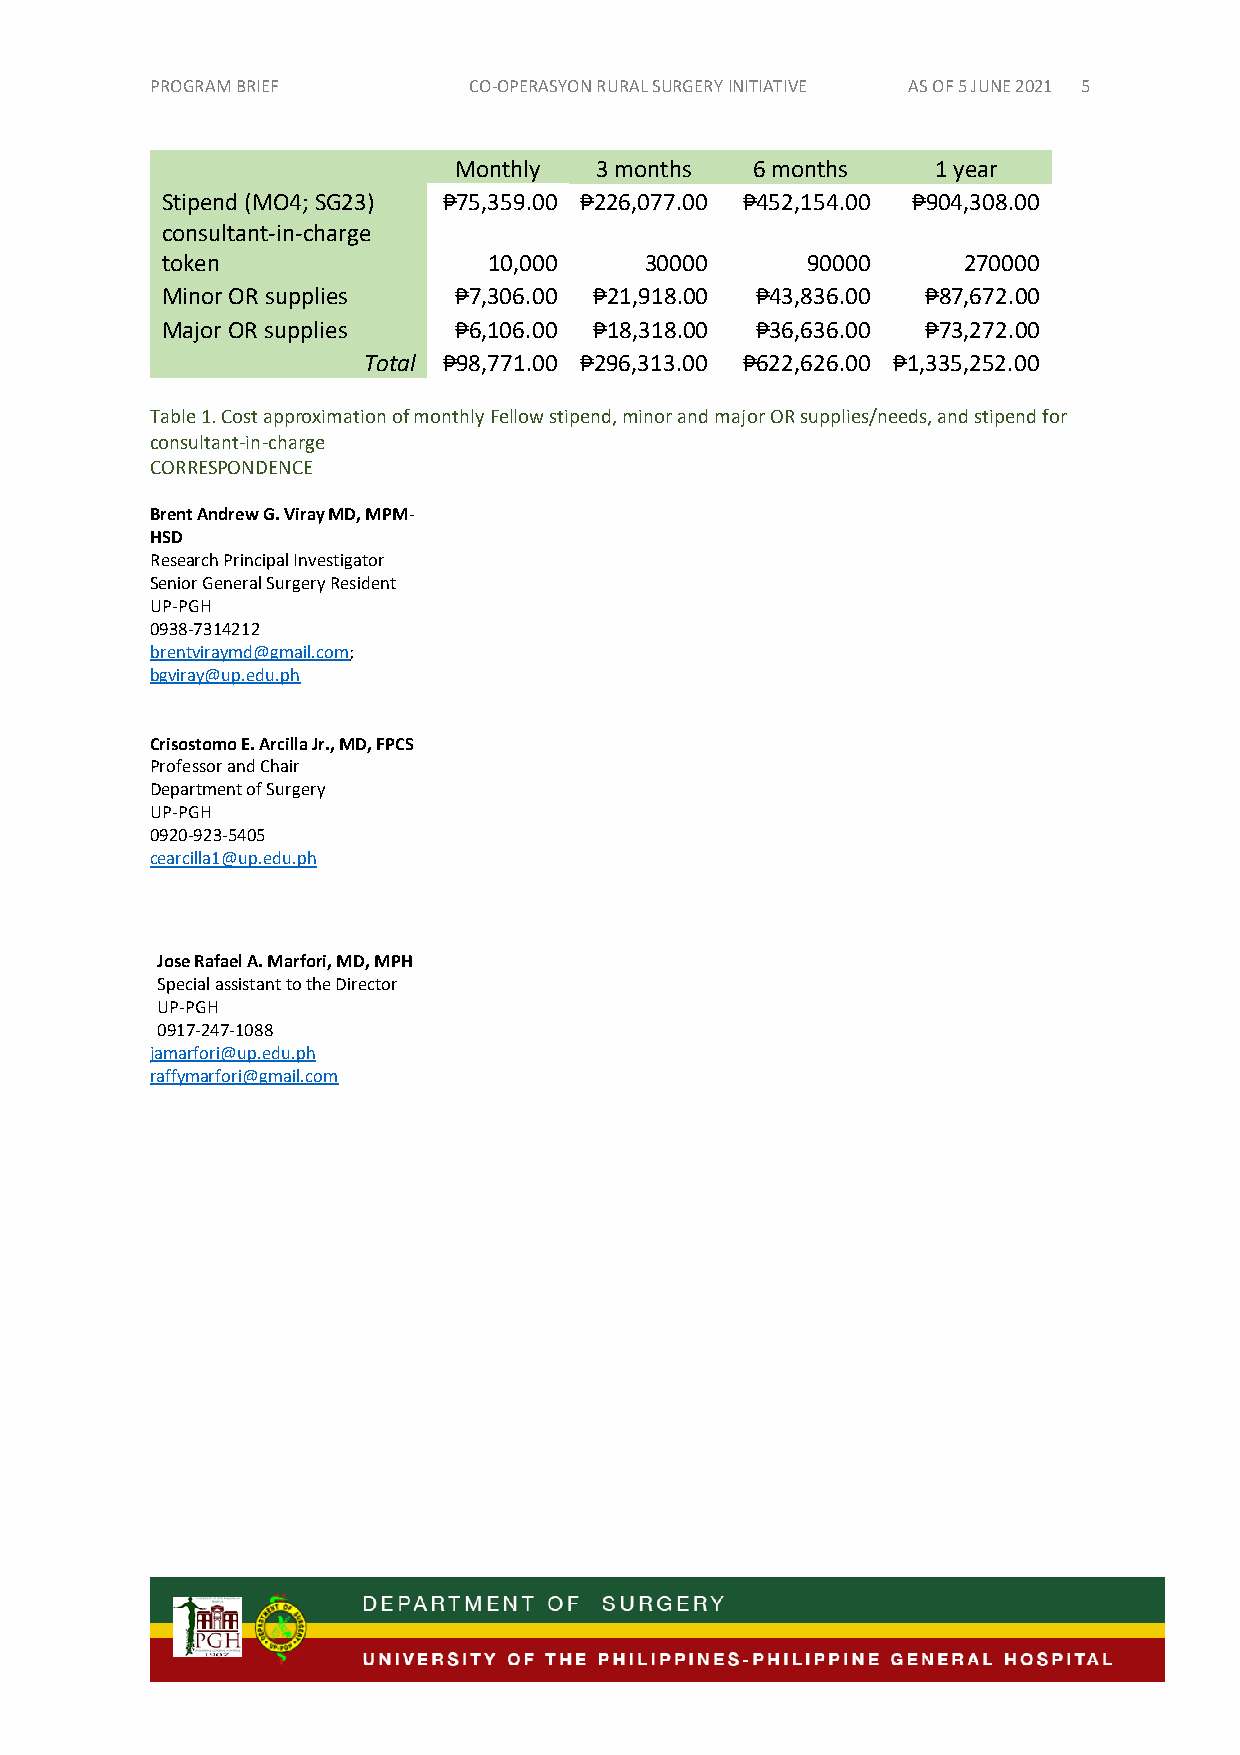
PROGRAM BRIEF        CO-OPERASYON R URAL SURGERY INITIATIVE AS OF 5 JUNE 2021 5
 Monthly  3 months   6 months    1 year
 Stipend (MO4; SG23) ₱75,359.00 ₱226,077.00 ₱452,154.00 ₱904,308.00
 consultant-in-charge
 token                10,000     30000     90000      270000
 Minor OR supplies  ₱7,306.00 ₱21,918.00 ₱43,836.00 ₱87,672.00
 Major OR supplies  ₱6,106.00 ₱18,318.00 ₱36,636.00 ₱73,272.00
 Total ₱98,771.00 ₱296,313.00 ₱622,626.00 ₱1,335,252.00
 Table 1. Cost approximation of monthly Fellow stipend, minor and major OR supplies/needs, and stipend for
 consultant-in-charge
 CORRESPONDENCE
 Brent Andrew G. Viray MD, MPM-
 HSD
 Research Principal Investigator
 Senior General Surgery Resident
 UP-PGH
 0938-7314212
 brentviraymd@gmail.com;
 bgviray@up.edu.ph
 Crisostomo E. Arcilla Jr., MD, FPCS
 Professor and Chair
 Department of Surgery
 UP-PGH
 0920-923-5405
 cearcilla1@up.edu.ph
 Jose Rafael A. Marfori, MD, MPH
 Special assistant to the Director
 UP-PGH
 0917-247-1088
 jamarfori@up.edu.ph
 raffymarfori@gmail.com